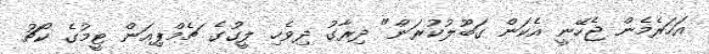
އަހަރެމެން ޖެހޭނީ އެކަން ގަބޫލުކުރަން" ދިރާގު ދިވެހި ލީގުގެ ޗެމްޕިއަން ޓީމުގެ ކޯޗު